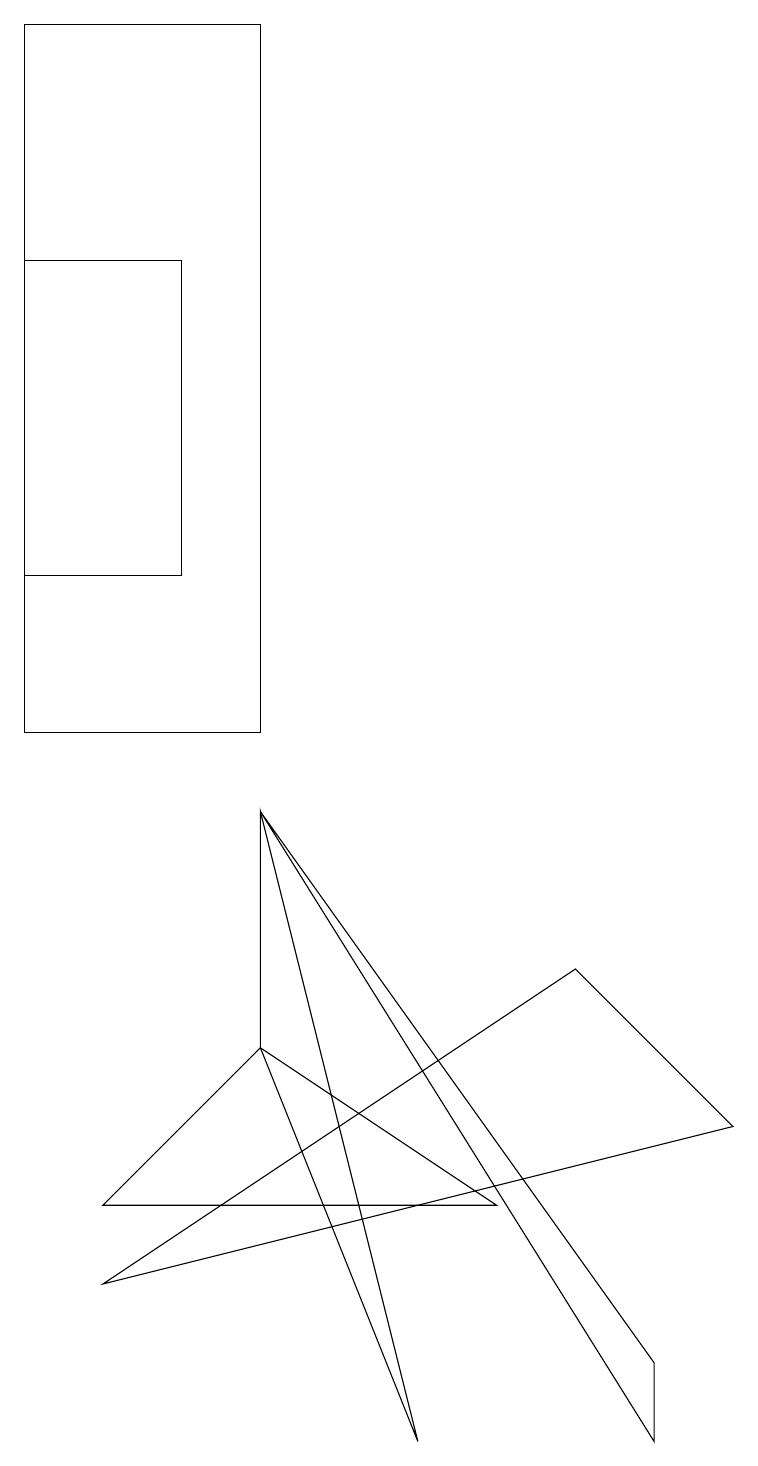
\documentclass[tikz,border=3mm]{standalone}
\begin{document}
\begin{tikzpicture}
\draw (0,12) rectangle (2,16);
\draw (3,6) -- (5,1) -- (3,9) -- cycle;
\draw (3,6) -- (6,4) -- (1,4) -- cycle;
\draw (2,16) rectangle (2,15);
\draw (8,1) -- (3,9) -- (8,2) -- cycle;
\draw (1,3) -- (9,5) -- (7,7) -- cycle;
\draw (3,19) rectangle (0,10);
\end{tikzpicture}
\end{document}